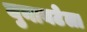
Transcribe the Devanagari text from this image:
युनायटेला